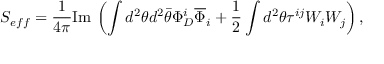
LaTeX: S _ { e f f } = { \frac { 1 } { 4 \pi } } \mathrm { I m } \, \left( \int d ^ { 2 } \theta d ^ { 2 } \bar { \theta } \Phi _ { D } ^ { i } \overline { { \Phi } } _ { i } + { \frac { 1 } { 2 } } \int d ^ { 2 } \theta \tau ^ { i j } W _ { i } W _ { j } \right) ,